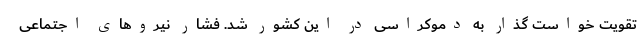
تقویت خواست گذار به دموکراسی در این کشور شد. فشار نیروهای اجتماعی